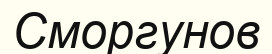
Сморгунов